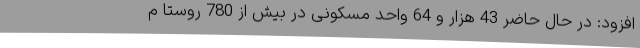
افزود: در حال حاضر 43 هزار و 64 واحد مسکونی در بیش از 780 روستا م